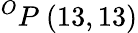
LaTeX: ^{O}P\ (13,13)